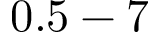
0 . 5 - 7